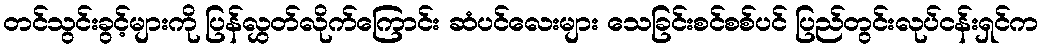
တင်သွင်းခွင့်များကို ပြန်လွှတ်လိုက်ကြောင်း ဆံပင်လေးများ သေခြင်းစင်စစ်ပင် ပြည်တွင်းလုပ်ငန်းရှင်က